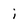
Character: i